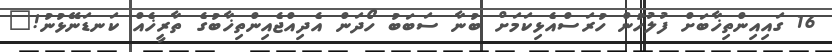
16 ގައިއިންތިޚާބަށް ފުލުހުން ހުރަސްއެޅިކަމަށް ބުނާ ސަބަބު ހޯދަން އެދިއްޖެއިންތިޚާބުގެ ތާރީޚެއް ކަނޑަނޭޅުނު!"